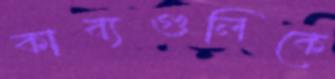
কাব্যগুলিকে